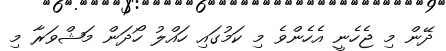
ދޭން މި ޖެހެނީ އެހެންވެ މި ކަމުގައި ހައްލު ހޯދަން މަޝްވަރާ މި